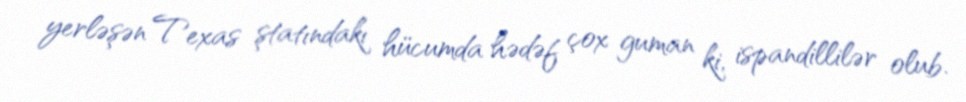
yerləşən Texas ştatındakı hücumda hədəf çox guman ki, ispandillilər olub.